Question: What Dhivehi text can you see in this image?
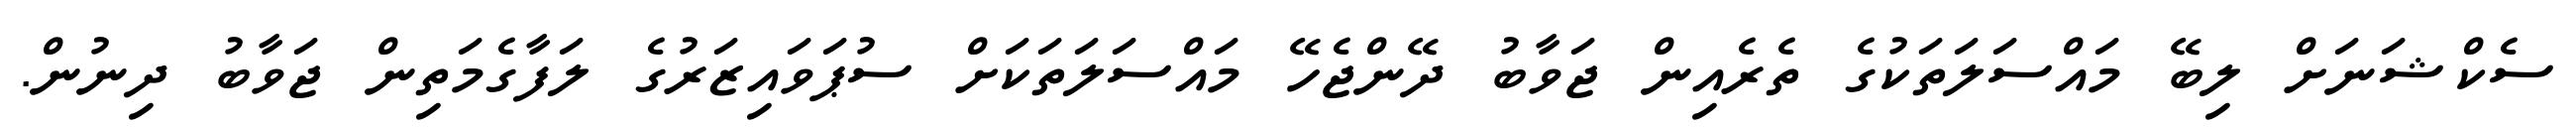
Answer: ސެކްޝަނަށް ލިބޭ މައްސަލަތަކުގެ ތެރެއިން ޖަވާބު ދޭންޖެހޭ މައްސަލަތަކަށް ސުޕަވައިޒަރުގެ ލަފާގެމަތިން ޖަވާބު ދިނުން.